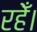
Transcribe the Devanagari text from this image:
रहेँ।